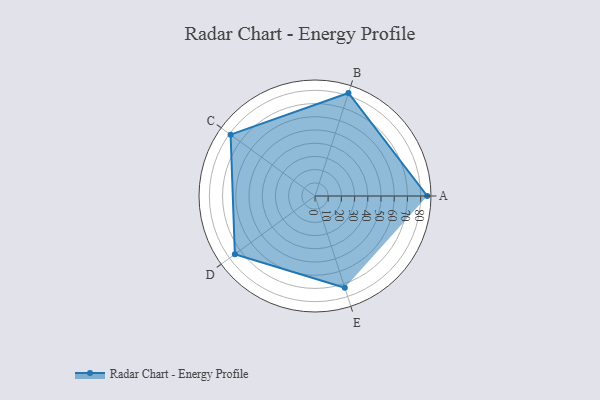
{"axis": {"x": "Skill", "y": "Score"}, "legend": ["Profile"], "data": [{"x": "A", "y": 85.0, "type": "Profile"}, {"x": "B", "y": 82.0, "type": "Profile"}, {"x": "C", "y": 79.0, "type": "Profile"}, {"x": "D", "y": 75.0, "type": "Profile"}, {"x": "E", "y": 73.0, "type": "Profile"}]}